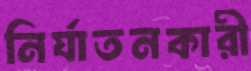
নির্যাতনকারী